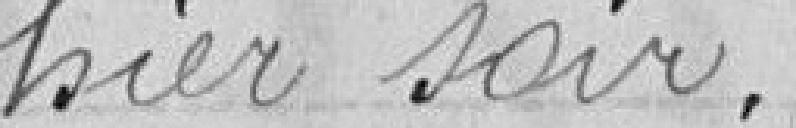
hier soir.